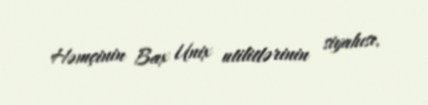
Həmçinin Bax Unix utilitlərinin siyahısı.